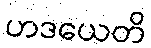
ဟဒယေတိ